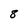
Character: 8